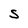
Character: S